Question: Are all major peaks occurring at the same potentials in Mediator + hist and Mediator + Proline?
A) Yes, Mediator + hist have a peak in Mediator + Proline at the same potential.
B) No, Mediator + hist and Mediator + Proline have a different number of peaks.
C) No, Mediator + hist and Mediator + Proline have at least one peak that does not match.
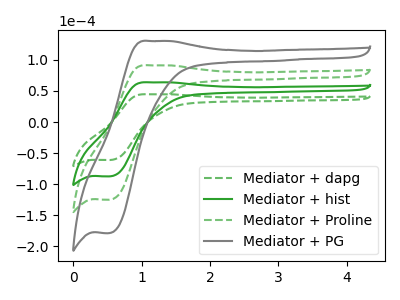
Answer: <think>The green dashed curve "Mediator + dapg" has an anodic peak at (1.10V, 44.65uA) and a cathodic peak at (0.55V, -61.30uA). The green curve "Mediator + hist" has an anodic peak at (1.10V, 63.85uA) and a cathodic peak at (0.55V, -87.60uA). The green dashed curve "Mediator + Proline" has an anodic peak at (1.10V, 127.70uA) and a cathodic peak at (0.55V, -175.15uA). The gray curve "Mediator + PG" has an anodic peak at (1.10V, 191.55uA) and a cathodic peak at (0.55V, -262.75uA).</think>
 <answer>A) Yes, "Mediator + hist" have a peak in "Mediator + Proline" at the same potential.</answer>
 <eval>A</eval>